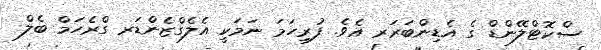
ސްކޮޓްލޭންޑް ގެ އެޑިންބަރަރ އެވެ. ފުރިހަމަ ނަމަކީ އެލެގްޒެންޑަރ ގްރެހަމް ބެލް